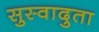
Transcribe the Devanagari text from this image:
सुस्वादुता